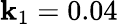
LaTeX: \mathbf{k}_{1}=0.04